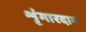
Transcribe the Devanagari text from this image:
शृंगारदान